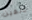
دلفين